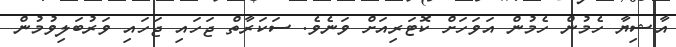
އާޝިޔާ ހެމުން ހެމުން އަވަހަށް ކޮޓަރިއަށް ވަނެވެ. ސަކަރާތް ޖަހައި ޖަހައި ވަރުބަލިވުމުން